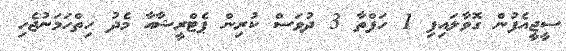
ސީޖީއެފުން ގޮވާލައިފި 1 ހަފްތާ 3 ދުވަސް ކުރިން ޕެޓްރީޝާއާ މެދު ހިތްހަމަނުޖެހި